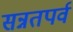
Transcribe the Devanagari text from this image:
सन्नतपर्व